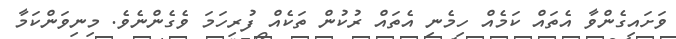
ވަށައިގެންވާ އެތައް ކަމެއް ހިމެނި އެތައް ރުކުން ތަކެއް ފުރިހަމަ ވެގެންނެވެ. މިނިވަންކަމާ